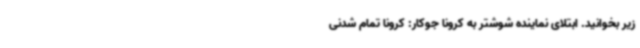
زیر بخوانید. ابتلای نماینده شوشتر به کرونا جوکار: کرونا تمام شدنی